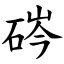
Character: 硶